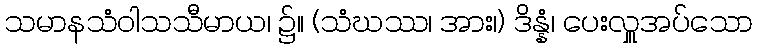
သမာနသံဝါသသီမာယ၊ ၌။ (သံဃဿ၊ အား၊) ဒိန္နံ၊ ပေးလှူအပ်သော